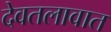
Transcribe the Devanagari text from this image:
देवतलावात